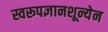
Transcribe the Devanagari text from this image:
स्वरूपज्ञानशून्येन